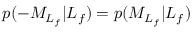
p ( - { M } _ { L _ { f } } \vert L _ { f } ) = p ( { M } _ { L _ { f } } \vert L _ { f } )